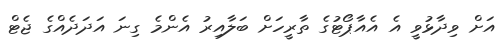
އަށް ވިދާޅުވީ އެ އެއާޕޯޓުގެ ތާރީހަށް ބަލާއިރު އެންމެ ގިނަ އަދަދެއްގެ ޖެޓް